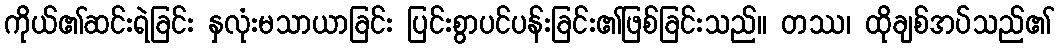
ကိုယ်၏ဆင်းရဲခြင်း နှလုံးမသာယာခြင်း ပြင်းစွာပင်ပန်းခြင်း၏ဖြစ်ခြင်းသည်။ တဿ၊ ထိုချစ်အပ်သည်၏